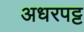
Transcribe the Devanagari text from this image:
अधरपट्ट